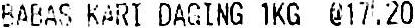
BABAS KARI DAGING 1KG @17.20